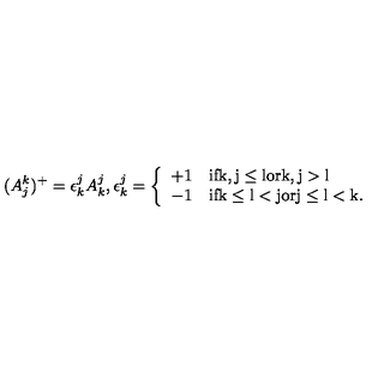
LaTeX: ( A _ { j } ^ { k } ) ^ { + } = \epsilon _ { k } ^ { j } A _ { k } ^ { j } , \epsilon _ { k } ^ { j } = \left\{ \begin{array} { l l } { + 1 } & { \mathrm { i f k , j \leq l o r k , j > l } } \\ { - 1 } & { \mathrm { i f k \leq l < j o r j \leq l < k } . } \\ \end{array} \right.